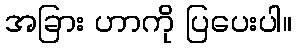
အခြား ဟာကို ပြပေးပါ။